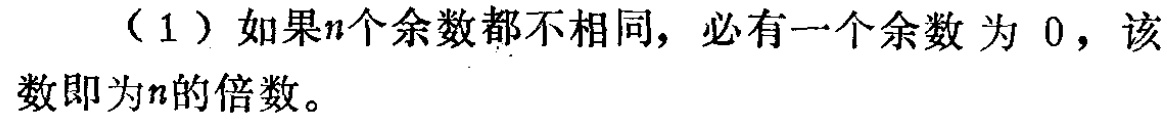
（1）如果\(n\)个余数都不相同，必有一个余数为 \(0\)，该数即为\(n\)的倍数。